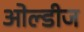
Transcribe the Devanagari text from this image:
ओल्डीज